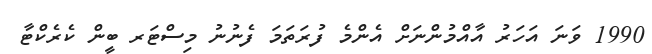
1990 ވަނަ އަހަރު އާއްމުންނަށް އެންމެ ފުރަތަމަ ފެނުނު މިސްޓަރ ބީން ކެރެކްޓާ